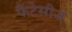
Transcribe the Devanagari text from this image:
फैंटेसीज